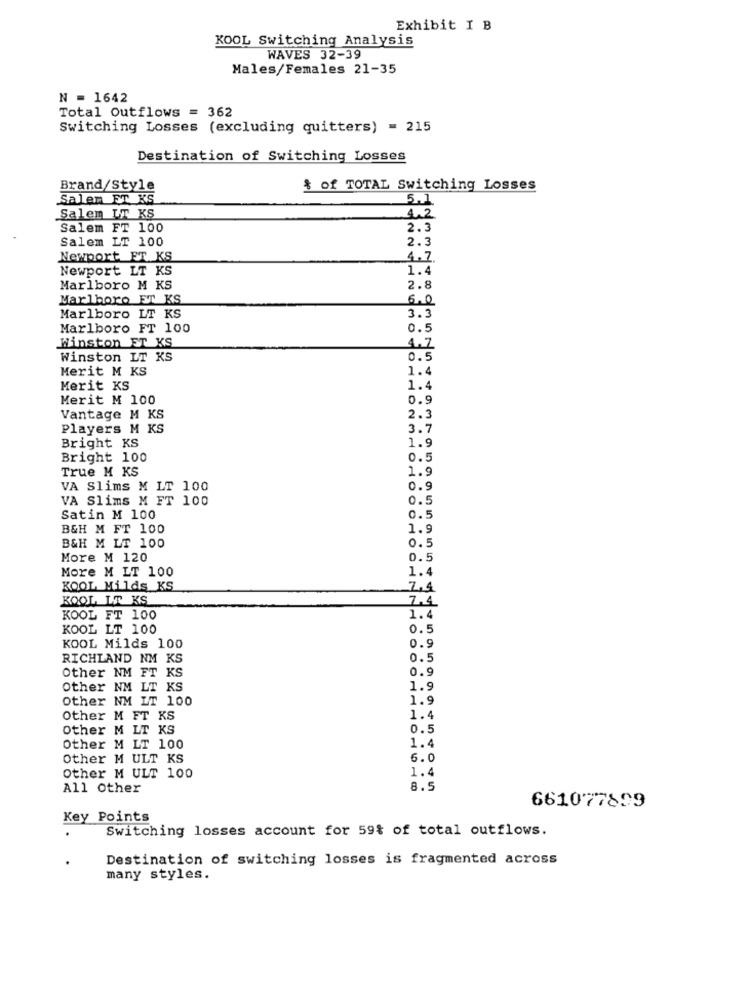
Exhibit I B
KOOL Switching Analysis
WAVES 32-39
Males/Females 21-35
N = 1642
Total Outflows = 362
Switching Losses (excluding quitters) = 215
Destination of Switching Losses
Brand/Style
* of TOTAL Switching Losses
Salen ET KS
5.1
Salem UT KS
4.2
Salem FT 100
2.3
Salem LT 100
2.3
Newport ET KS
4.7
Newport LT KS
1.4
Marlboro M KS
2.8
Marlboro ET KS
6.0
Marlboro LT KS
3.3
Marlboro FT 100
0.5
Winston ET KS
4.7
Winston LT KS
0.5
Merit M KS
1.4
Merit KS
1.4
Merit M 100
0.9
Vantage M KS
2.3
Players M KS
3.7
Bright KS
1.9
Bright 100
0.5
True M KS
1.9
VA Slims M LT 100
0.9
VA Slims M FT 100
0.5
Satin M 100
0.5
B&H M FT 100
1.9
B&H M LT 100
More M 120
0.5
More M LT 100
1.4
KOOL Milds KS
7,4
KOOL LT KS
7.4
KOOL FT 100
1.4
KOOL LT 100
0.5
0.9
KOOL Milds 100
RICHLAND NM KS
0.5
Other NM FT KS
0.9
Other NM LT KS
1.9
Other NM LT 100
1.9
Other M FT KS
1.4
Other M LT KS
0.5
1.4
Other M LT 100
Other M ULT KS
6.0
1.4
Other M ULT 100
All Other
8.5
661077899
Key Points
Switching losses account for 59% of total outflows.
Destination of switching losses is fragmented across
many styles.